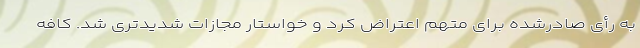
به رأی صادرشده برای متهم اعتراض کرد و خواستار مجازات شدیدتری شد. کافه